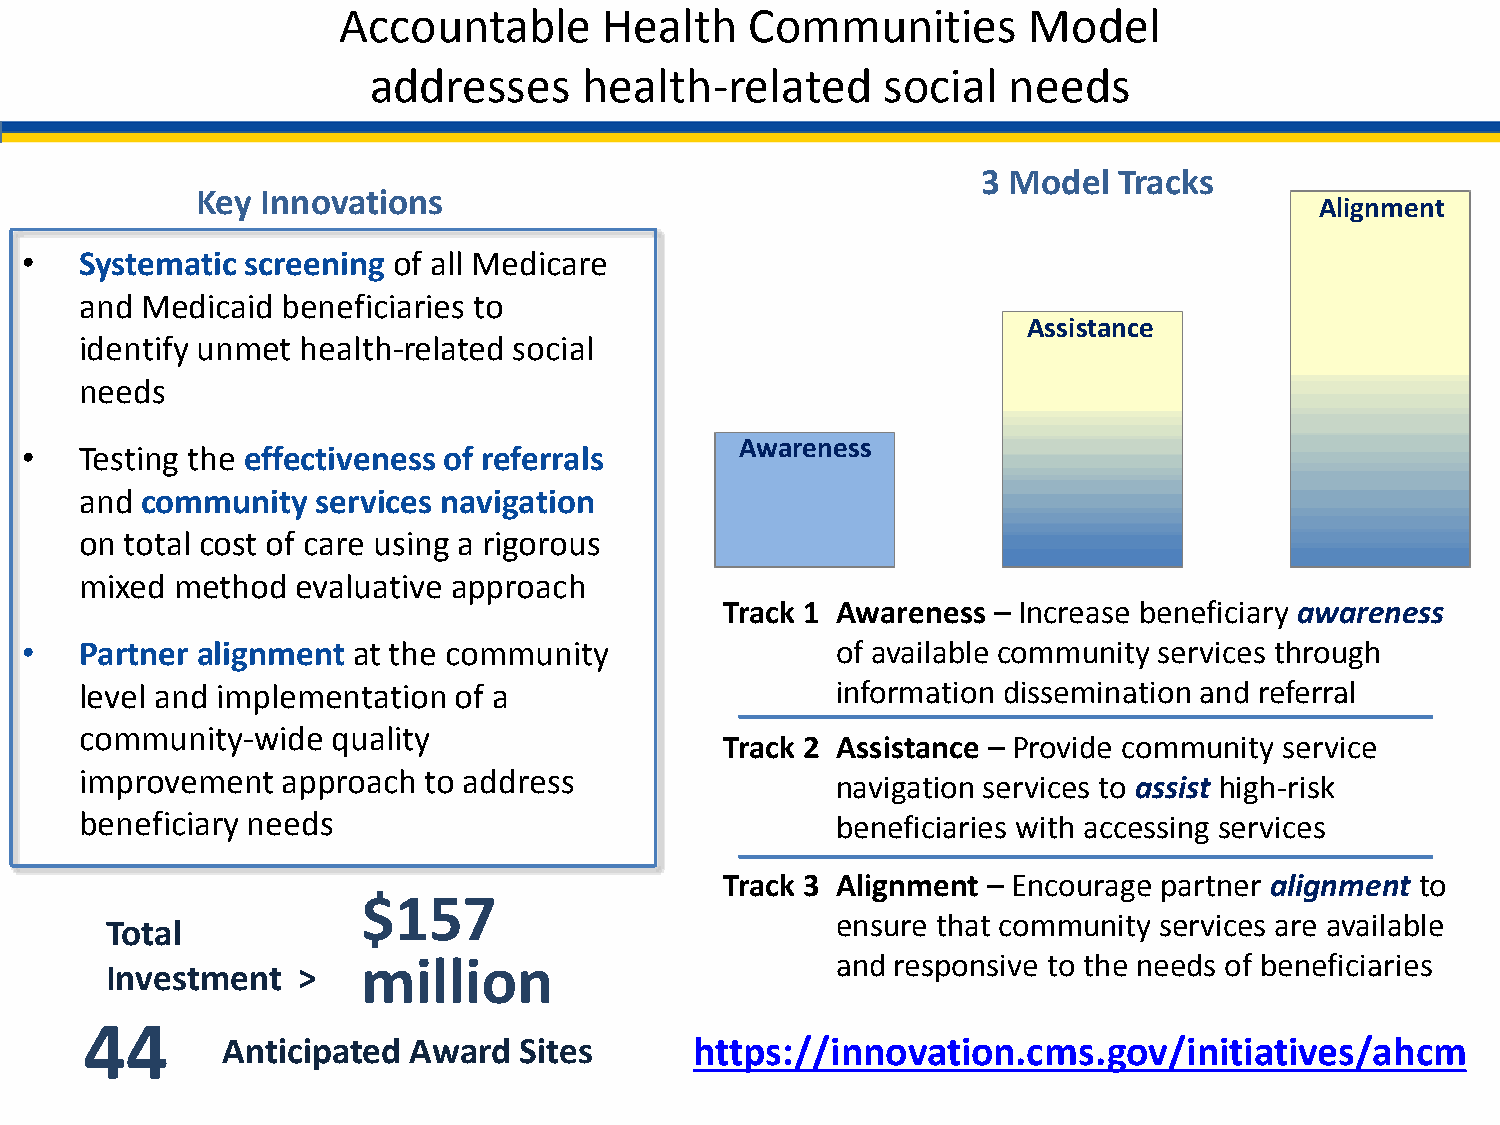
Accountable       Health    Communities       Model
 addresses      health-related     social   needs
 3 Model  Tracks
 Key Innovations
 Alignment
 •   Systematic screening of all Medicare
 and Medicaid  beneficiaries to
 Assistance
 identify unmet health-related social
 needs
 Awareness
 •   Testing the effectiveness of referrals
 and community   services navigation
 on total cost of care using a rigorous
 mixed  method  evaluative approach
 Track 1 Awareness – Increase beneficiary awareness
 •   Partner alignment at the community                of available community services through
 level and implementation of a                     information dissemination and referral
 community-wide   quality
 Track 2 Assistance – Provide community service
 improvement   approach to address
 navigation services to assist high-risk
 beneficiary needs                                 beneficiaries with accessing services
 Track 3 Alignment – Encourage partner alignment to
 $157
 Total                                           ensure that community services are available
 million                        and responsive to the needs of beneficiaries
 Investment   >
 44
 Anticipated Award  Sites       https://innovation.cms.gov/initiatives/ahcm